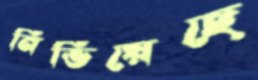
নিভিয়েছে